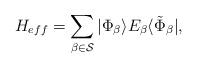
LaTeX: \begin{align*}{H_{eff}} = \sum_{\beta\in {\cal S}} |\Phi_{\beta}\rangle E_{\beta}\langle \tilde{\Phi}_{\beta}| , \end{align*}